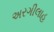
અરગીલાહ